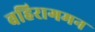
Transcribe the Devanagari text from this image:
बहिरागमन